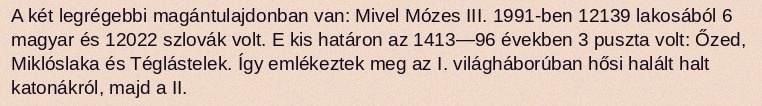
A két legrégebbi magántulajdonban van: Mivel Mózes III. 1991-ben 12139 lakosából 6 magyar és 12022 szlovák volt. E kis határon az 1413—96 években 3 puszta volt: Őzed, Miklóslaka és Téglástelek. Így emlékeztek meg az I. világháborúban hősi halált halt katonákról, majd a II.